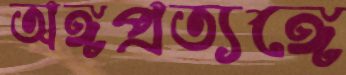
অঙ্গপ্রত্যঙ্গে